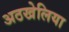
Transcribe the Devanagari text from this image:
अठखेलिया